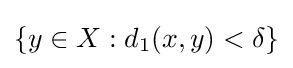
\{y\in X:d_{1}(x,y)<\delta \}